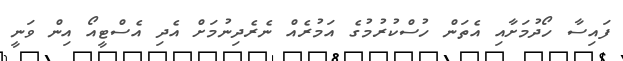
ފައިސާ ހޯދުމަށާއި އެތަން ހުސްކުރުމުގެ އަމުރެއް ނެރެދިނުމަށް އެދި އެސްޓީއޯ އިން ވަނީ